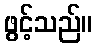
ဖွင့်သည်။